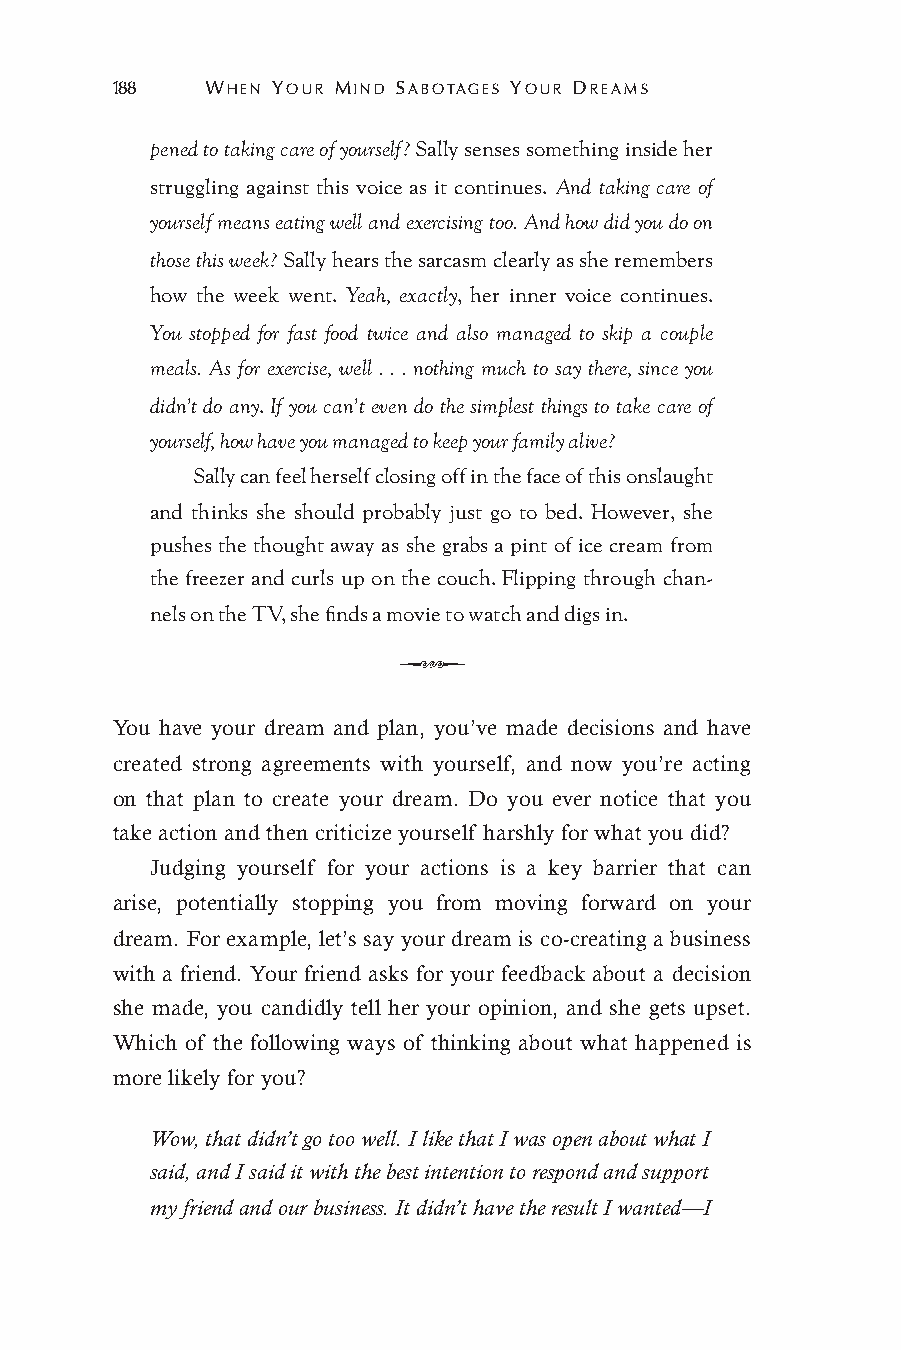
188    WHEN YOUR MIND SABOTAGES YOUR DREAMS
 pened to taking care of yourself? Sally senses something inside her
 struggling against this voice as it continues. And taking care of
 yourself means eating well and exercising too. And how did you do on
 those this week? Sally hears the sarcasm clearly as she remembers
 how the week went. Yeah, exactly, her inner voice continues.
 You stopped for fast food twice and also managed to skip a couple
 meals. As for exercise, well . . . nothing much to say there, since you
 didn’t do any. If you can’t even do the simplest things to take care of
 yourself, how have you managed to keep your family alive?
 Sally can feel herself closing off in the face of this onslaught
 and thinks she should probably just go to bed. However, she
 pushes the thought away as she grabs a pint of ice cream from
 the freezer and curls up on the couch. Flipping through chan-
 nels on the TV, she finds a movie to watch and digs in.
 Q
 You have your dream and plan, you’ve made decisions and have
 created strong agreements with yourself, and now you’re acting
 on that plan to create your dream. Do you ever notice that you
 take action and then criticize yourself harshly for what you did?
 Judging yourself for your actions is a key barrier that can
 arise, potentially stopping you from moving forward on your
 dream. For example, let’s say your dream is co-creating a business
 with a friend. Your friend asks for your feedback about a decision
 she made, you candidly tell her your opinion, and she gets upset.
 Which of the following ways of thinking about what happened is
 more likely for you?
 Wow, that didn’t go too well. I like that I was open about what I
 said, and I said it with the best intention to respond and support
 my friend and our business. It didn’t have the result I wanted—I